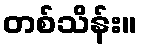
တစ်သိန်း။